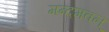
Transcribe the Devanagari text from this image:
मन्दमवन्